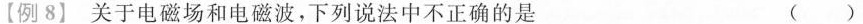
【例8】关于电磁场和电磁波，下列说法中不正确的是 ( )